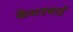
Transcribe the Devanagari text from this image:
केशरबाई